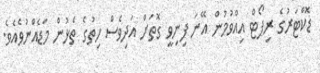
ޑޮކްޓަރުގެ ރިޕޯޓް އިއްވުމުން އޭނަ ފިނިވީ ގޮތަށް އަދިވެސް ހިތުގެ ތެޅުން މަޑެއްނުވެއެވެ.